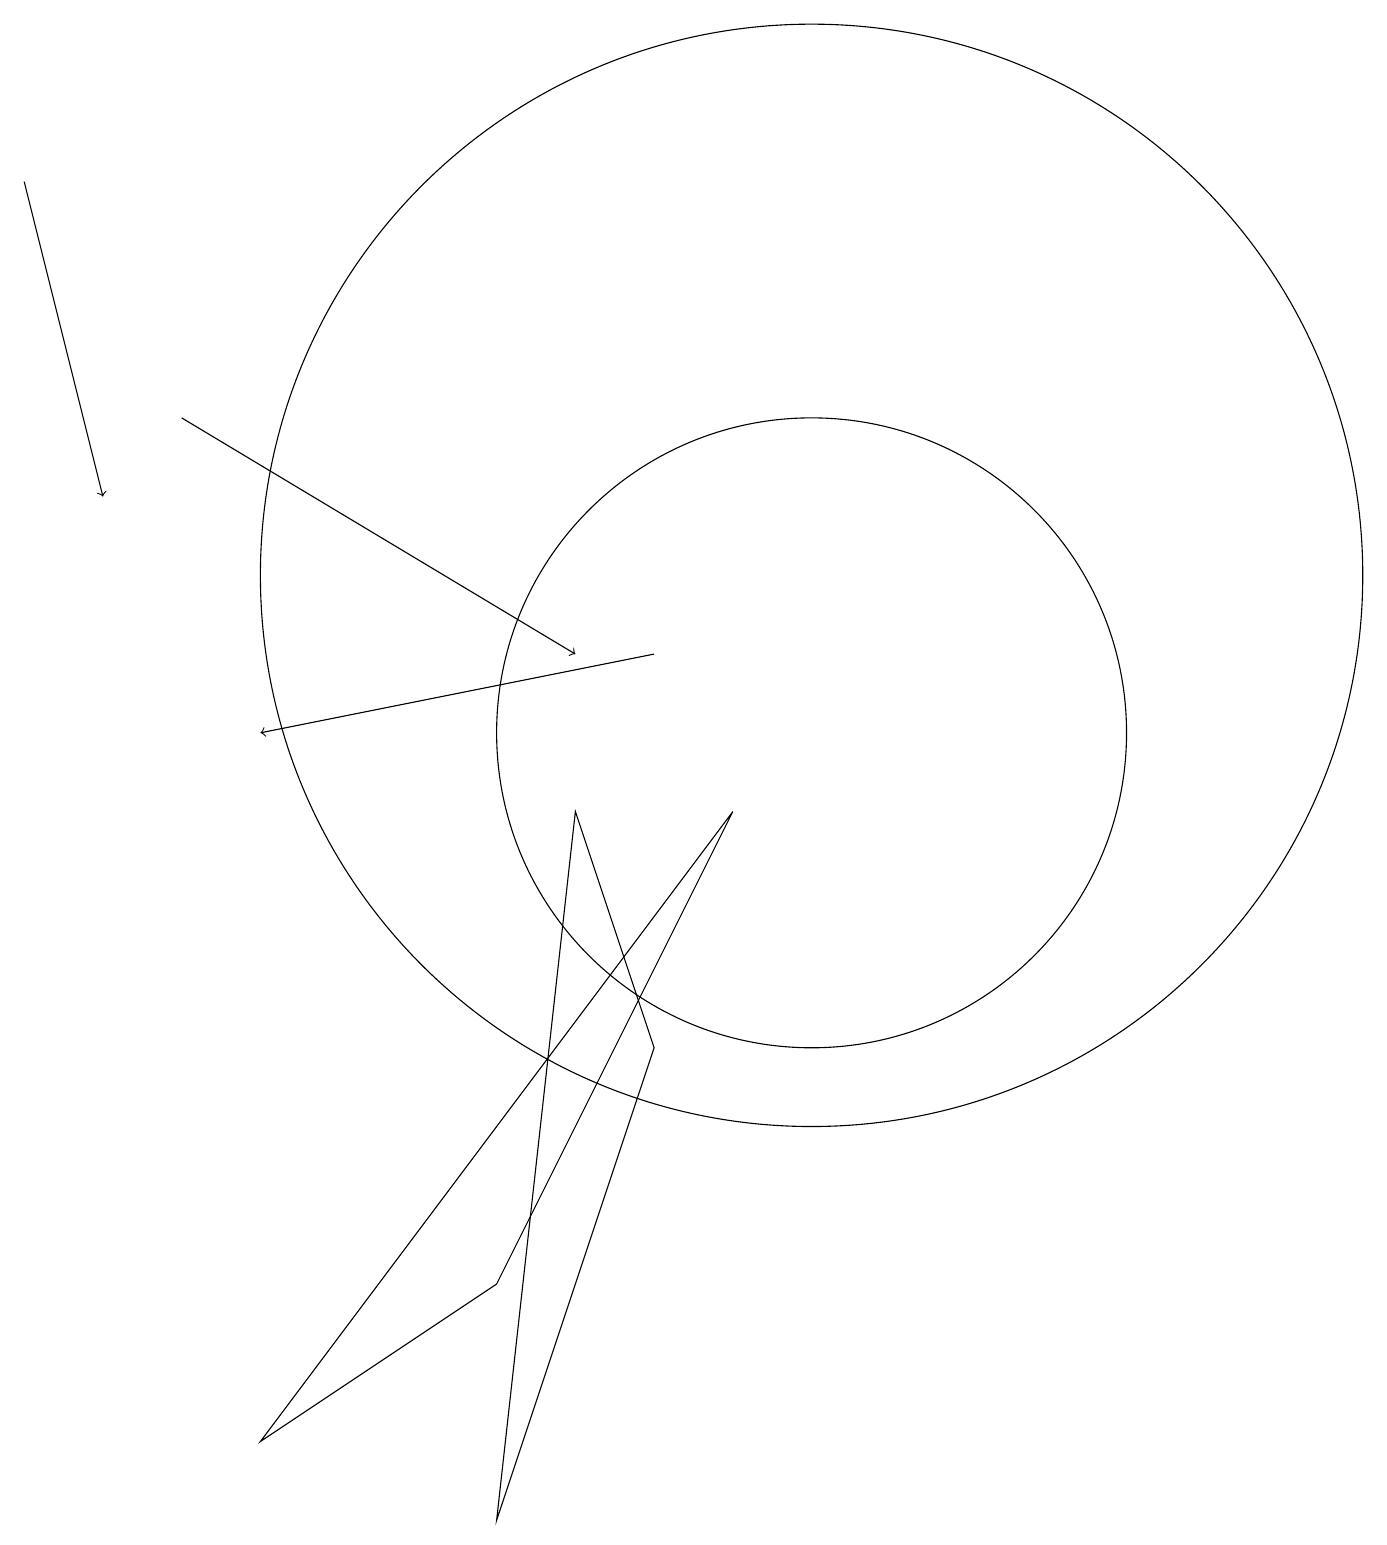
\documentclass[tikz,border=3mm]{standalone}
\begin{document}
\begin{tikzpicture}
\draw[->] (8,11) -- (3,10);
\draw (3,1) -- (6,3) -- (9,9) -- cycle;
\draw[->] (0,17) -- (1,13);
\draw (10,10) circle (4);
\draw (8,6) -- (7,9) -- (6,0) -- cycle;
\draw (10,12) circle (7);
\draw[->] (2,14) -- (7,11);
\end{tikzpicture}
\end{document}